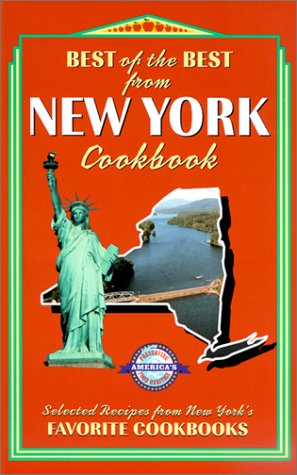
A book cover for Best of the Best from New York: Selected Recipes from New York's Favorite Cookbooks; Cookbooks, Food & Wine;